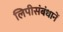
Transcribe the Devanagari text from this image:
लिपीसंबंधानें